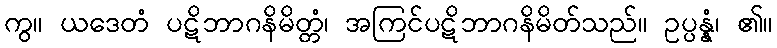
ကွ။ ယဒေတံ ပဋိဘာဂနိမိတ္တံ၊ အကြင်ပဋိဘာဂနိမိတ်သည်။ ဥပ္ပန္နံ၊ ၏။